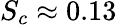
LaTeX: S_{c}\approx 0.13